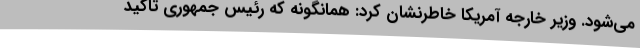
می‌شود. وزیر خارجه آمریکا خاطرنشان کرد: همانگونه که رئیس جمهوری تاکید